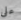
على